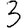
Digit: 3